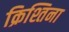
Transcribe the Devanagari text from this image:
क्रिश्तिना